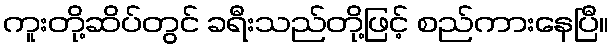
ကူးတို့ဆိပ်တွင် ခရီးသည်တို့ဖြင့် စည်ကားနေပြီ။